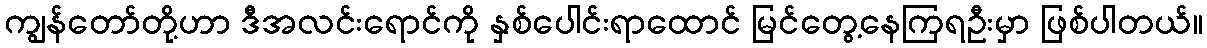
ကျွန်တော်တို့ဟာ ဒီအလင်းရောင်ကို နှစ်ပေါင်းရာထောင် မြင်တွေ့နေကြရဦးမှာ ဖြစ်ပါတယ်။